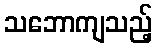
သဘောကျသည့်